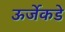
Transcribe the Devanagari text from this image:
ऊर्जेकडे